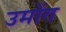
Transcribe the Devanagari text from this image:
उमोंग